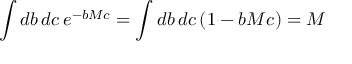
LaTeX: \int d b \, d c \, e ^ { - b M c } = \int d b \, d c \, ( 1 - b M c ) = M